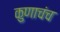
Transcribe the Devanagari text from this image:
कुणाचंच